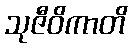
သုဇီဝိကာတိ